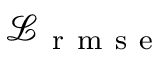
\mathcal { L } _ { \mathrm { ~ r ~ m ~ s ~ e ~ } }